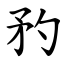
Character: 䂆